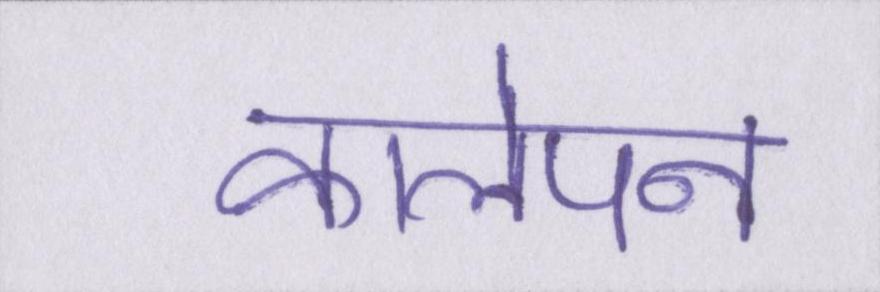
कालेपन